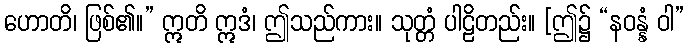
ဟောတိ၊ ဖြစ်၏။” ဣတိ ဣဒံ၊ ဤသည်ကား။ သုတ္တံ ပါဠိတည်း။ [ဤ၌ “နဝန္နံ ဝါ”